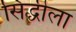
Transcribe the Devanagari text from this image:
सिद्धीला